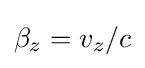
{\textstyle \beta _{z}=v_{z}/c}